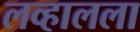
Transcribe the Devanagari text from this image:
लव्हालला